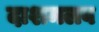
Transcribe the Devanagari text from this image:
दाशमलव